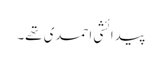
پیدائشی احمدی تھے۔